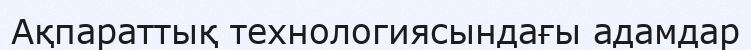
Ақпараттық технологиясындағы адамдар